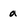
Character: a